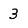
Character: 3